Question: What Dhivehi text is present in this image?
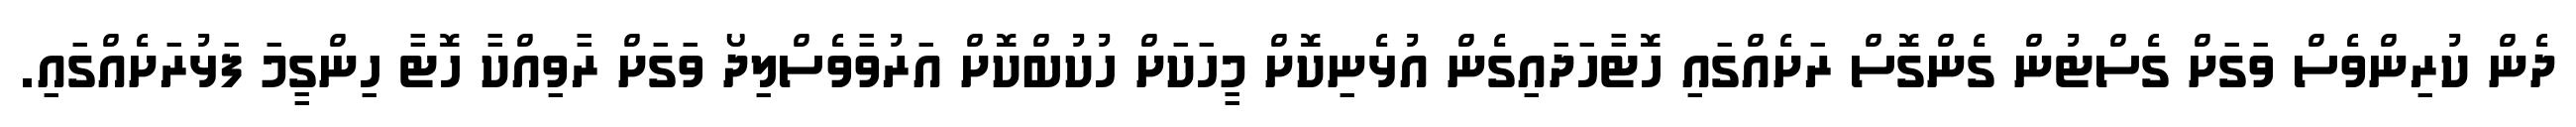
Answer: ދެން ކުރިންވެސް ވަގަށް ގެސްޓުން ގެންގޮސް ރަށެއްގައި ހޮޓާހަދައިގެން އުޅެނިކޮށް މީހަކަށް ހުކުބްކޮށް އަރުވާވެސްލިދޯ ވަގަށް ރާވިއްކާ ހޮޓާ ހިންގީމަ ފަޅުރަށެއްގައި.